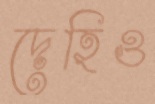
দেহিও